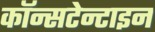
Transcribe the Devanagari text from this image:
कॉन्सटेन्टाइन